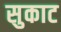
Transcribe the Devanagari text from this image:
सुकाट